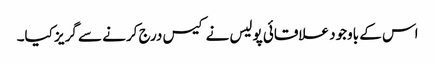
اس کے باوجود علاقائی پولیس نے کیس درج کرنے سے گریز کیا۔